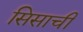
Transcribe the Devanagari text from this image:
सिसाची